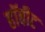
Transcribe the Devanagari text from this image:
हॉबीट